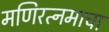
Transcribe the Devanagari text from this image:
मणिरत्नमाचा